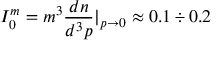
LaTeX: I _ { 0 } ^ { m } = m ^ { 3 } \frac { d n } { d ^ { 3 } p } | _ { p \to 0 } \approx 0 . 1 \div 0 . 2